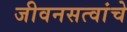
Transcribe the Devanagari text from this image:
जीवनसत्वांचे